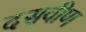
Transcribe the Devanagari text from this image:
दसवीण